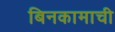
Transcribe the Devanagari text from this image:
बिनकामाची